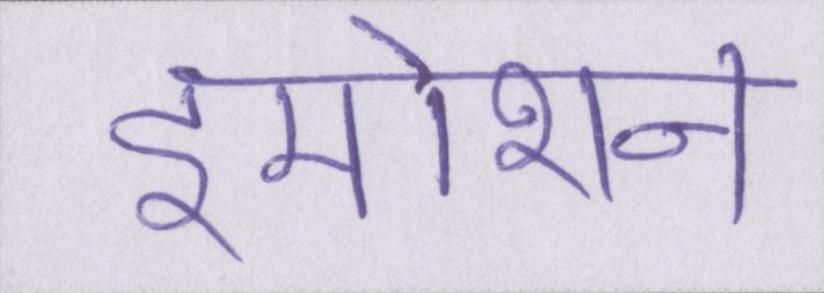
इमोशन